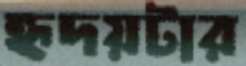
হৃদয়টার